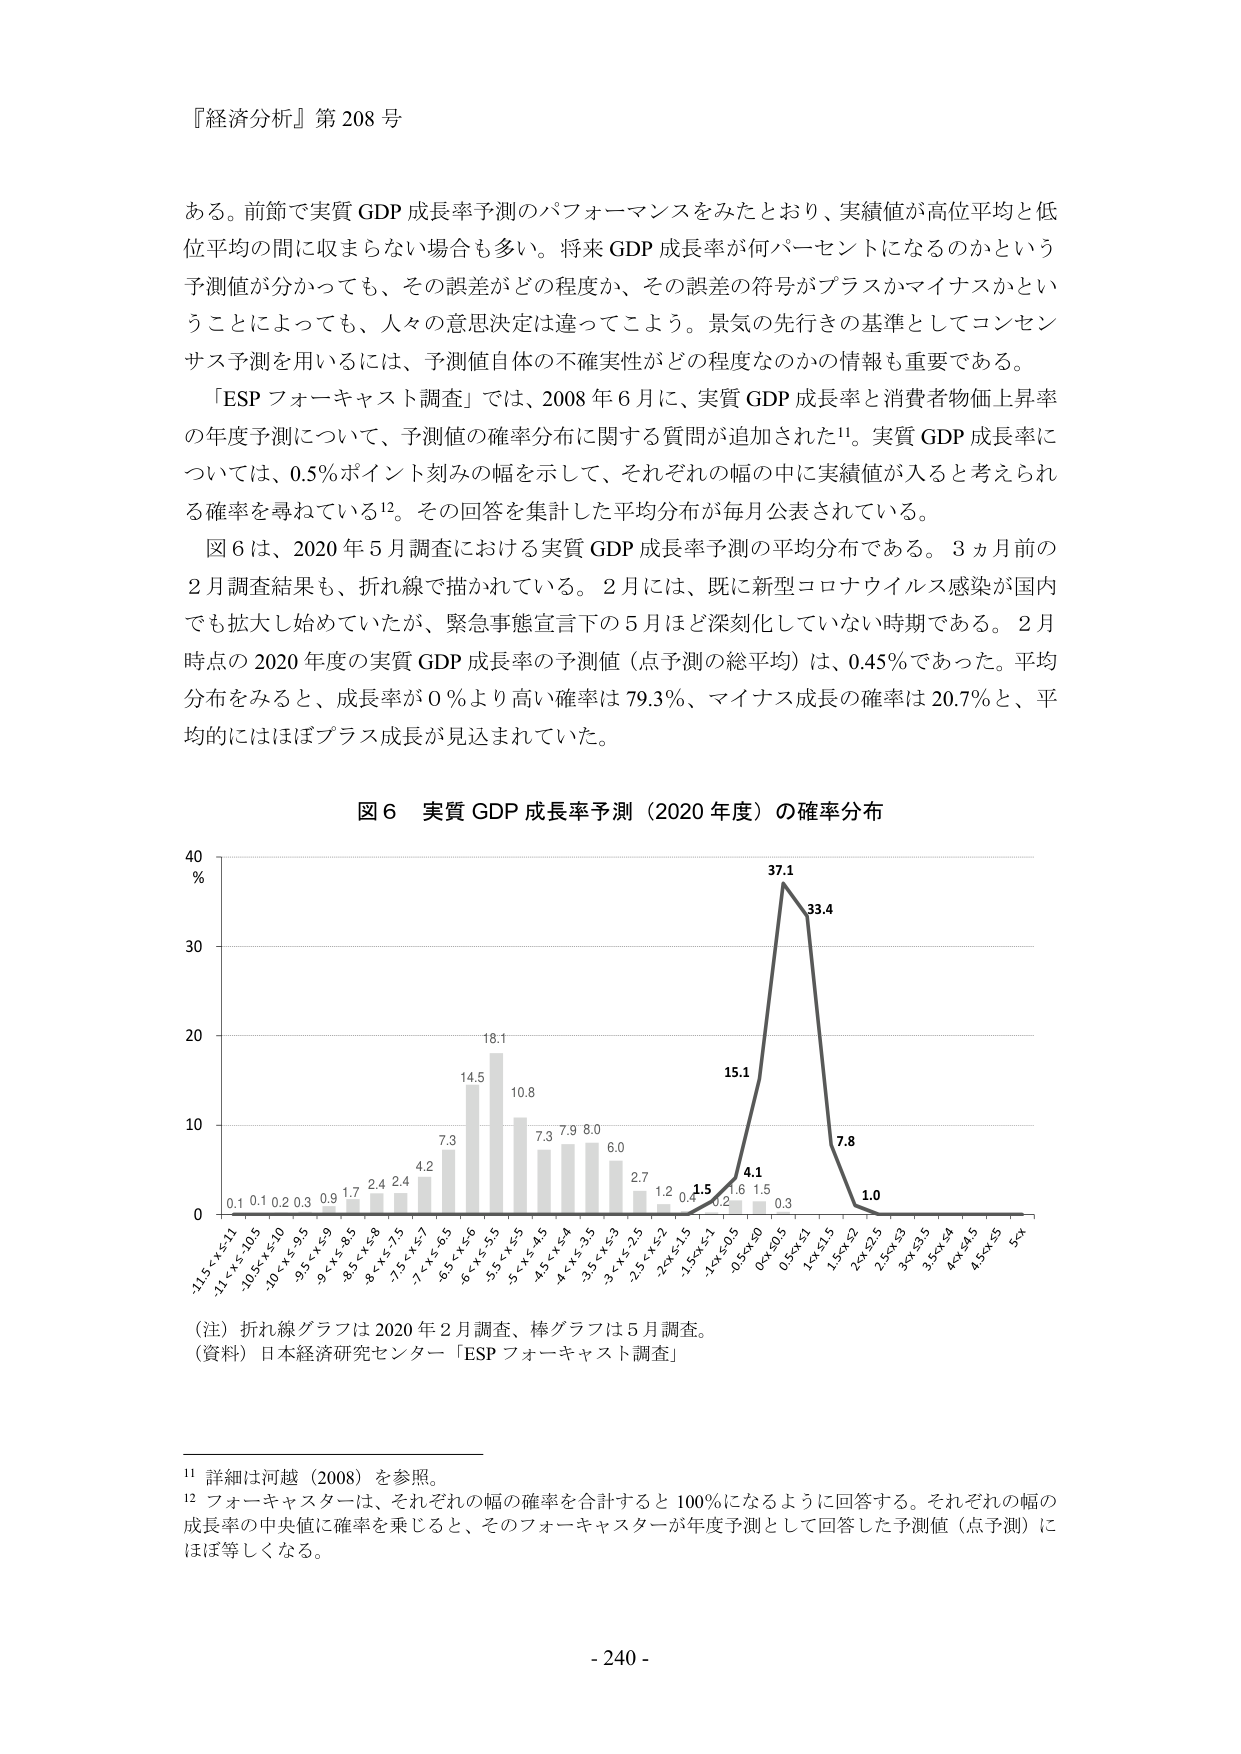
『経済分析』第 208 号

ある。前節で実質 GDP 成長率予測のパフォーマンスをみたとおり、実績値が高位平均と低位平均の間に収まらない場合も多い。将来 GDP 成長率が何パーセントになるのかという予測値が分かっても、その誤差がどの程度か、その誤差の符号がプラスかマイナスかということによっても、人々の意思決定は違ってこよう。景気の先行きの基準としてコンセンサス予測を用いるには、予測値自体の不確実性がどの程度なのかの情報も重要である。

「ESP フォーキャスト調査」では、2008 年 6 月に、実質 GDP 成長率と消費者物価上昇率の年度予測について、予測値の確率分布に関する質問が追加された¹¹。実質 GDP 成長率については、0.5％ポイント刻みの幅を示して、それぞれの幅の中に入ると考えられる確率を尋ねている¹²。その回答を集計した平均分布が毎月公表されている。

図 6 は、2020 年 5 月調査における実質 GDP 成長率予測の平均分布である。3 ヵ月前の 2 月調査結果も、折れ線で描かれている。2 月には、既に新型コロナウイルス感染が国内でも拡大し始めていたが、緊急事態宣言下の 5 月ほど深刻化していない時期である。2 月時点の 2020 年度の実質 GDP 成長率の予測値（点予測の総平均）は、0.45％であった。平均分布をみると、成長率が 0 ％より高い確率は 79.3％、マイナス成長の確率は 20.7％と、平均的にはほぼプラス成長が見込まれていた。

図 6 実質 GDP 成長率予測（2020 年度）の確率分布

40
%
37.1
33.4
30
18.1
14.5
10.8
20
7.3
7.9 8.0
6.0
2.7
1.2 0.4 1.5 0.2 1.6 1.5 0.3
15.1
4.1
7.8
1.0
10
0
-11.5＜x≤-11 0.1 0.1 0.2 0.3 0.9 1.7 2.4 2.4 4.2 7.3 14.5 18.1 10.8 7.3 7.9 8.0 6.0 2.7 1.2 0.4 1.5 0.2 1.6 1.5 0.3 15.1 4.1 33.4 37.1 7.8 1.0
-11＜x≤-10.5 -10.5＜x≤-10 -10＜x≤-9.5 -9.5＜x≤-9 -9＜x≤-8.5 -8.5＜x≤-8 -8＜x≤-7.5 -7.5＜x≤-7 -7＜x≤-6.5 -6.5＜x≤-6 -6＜x≤-5.5 -5.5＜x≤-5 -5＜x≤-4.5 -4.5＜x≤-4 -4＜x≤-3.5 -3.5＜x≤-3 -3＜x≤-2.5 -2.5＜x≤-2 -2＜x≤-1.5 -1.5＜x≤-1 -1＜x≤-0.5 0＜x≤0.5 0.5＜x≤1 1＜x≤1.5 1.5＜x≤2 2＜x≤2.5 2.5＜x≤3 3＜x≤3.5 3.5＜x≤4 4＜x≤4.5 4.5＜x≤5 5＜x

（注）折れ線グラフは 2020 年 2 月調査、棒グラフは 5 月調査。
（資料）日本経済研究センター「ESP フォーキャスト調査」

¹¹ 詳細は河越（2008）を参照。
¹² フォーキャスターは、それぞれの幅の確率を合計すると 100％になるように回答する。それぞれの幅の成長率の中央値に確率を乗じると、そのフォーキャスターが年度予測として回答した予測値（点予測）にはほぼ等しくなる。

- 240 -